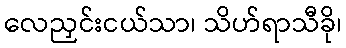
လေညှင်းငယ်သာ၊ သိဟ်ရာသီခို၊